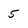
Character: 5